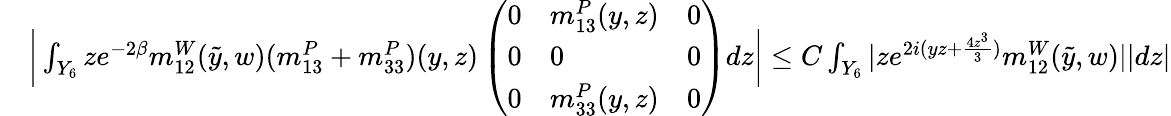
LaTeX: \begin{array}{rl}&{\bigg|\int_{Y_{6}}ze^{-2\beta}m_{12}^{W}(\tilde{y},w)(m_{13}^{P}+m_{33}^{P})(y,z)\left(\begin{array}{lll}{0}&{m_{13}^{P}(y,z)}&{0}\\ {0}&{0}&{0}\\ {0}&{m_{33}^{P}(y,z)}&{0}\end{array}\right)dz\bigg|\leq C\int_{Y_{6}}|ze^{2i(yz+\frac{4z^{3}}{3})}m_{12}^{W}(\tilde{y},w)||dz|}\end{array}